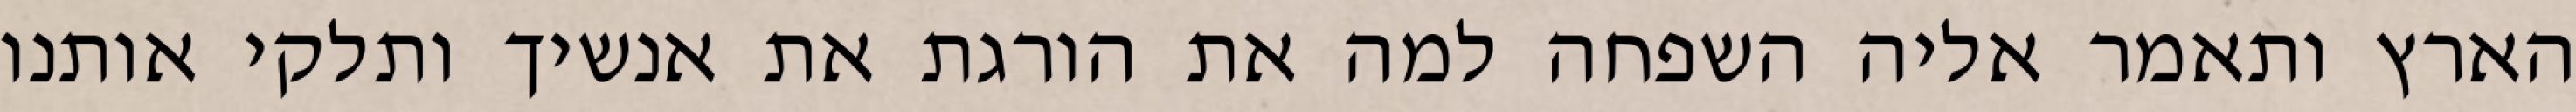
הארץ ותאמר אליה השפחה למה את הורגת את אנשיך ותלקי אותנו